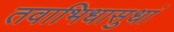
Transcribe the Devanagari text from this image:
तवाभिधासुधां